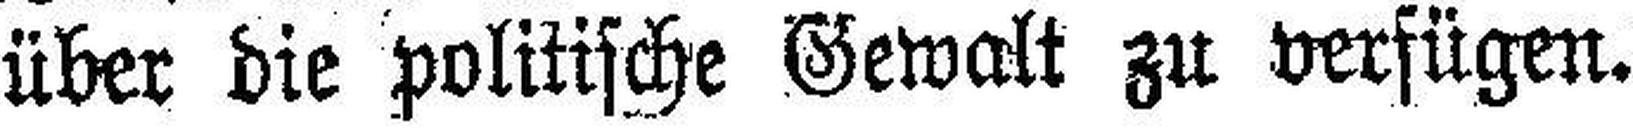
über die politische Gewalt zu verfügen.